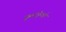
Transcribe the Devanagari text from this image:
फुलजेन्को